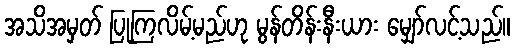
အသိအမှတ် ပြုကြလိမ့်မည်ဟု မွန်တိန်းနီးယား မျှော်လင့်သည်။